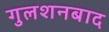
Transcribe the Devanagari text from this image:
गुलशनबाद